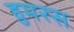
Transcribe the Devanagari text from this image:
हुमरस